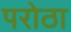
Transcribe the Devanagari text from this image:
परोठा